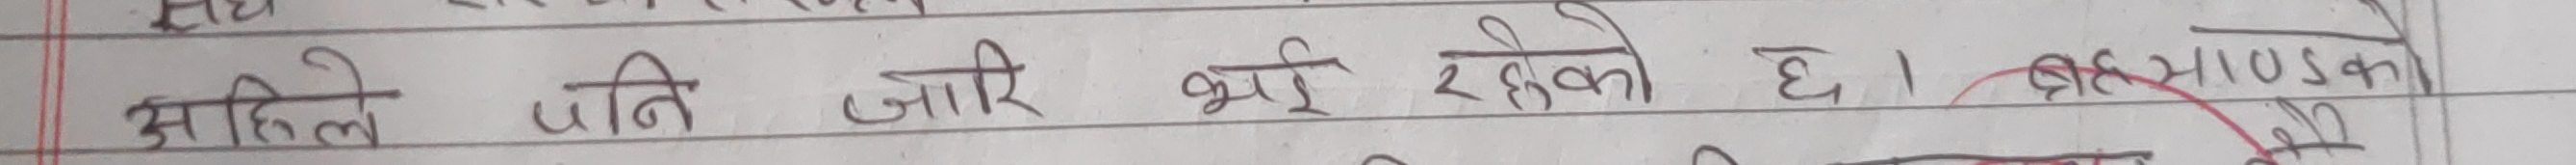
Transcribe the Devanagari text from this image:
अहिले पनि जारी भई रहेको छ। ब्रह्माण्डको